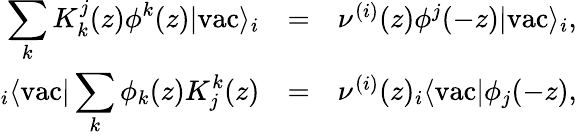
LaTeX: \begin{array}{rcl}{{\displaystyle\sum_{k}K_{k}^{j}(z)\phi^{k}(z)|\mathrm{vac}\rangle_{i}}}&{{=}}&{{\nu^{(i)}(z)\phi^{j}(-z)|\mathrm{vac}\rangle_{i},}}\\ {{{}_{i}\langle\mathrm{vac}|\displaystyle\sum_{k}\phi_{k}(z)K_{j}^{k}(z)}}&{{=}}&{{\nu^{(i)}(z){}_{i}\langle\mathrm{vac}|\phi_{j}(-z),}}\end{array}